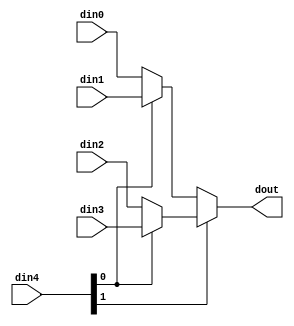
// ==============================================================
// File generated on Wed Sep 09 17:48:58 +0530 2020
// Vivado(TM) HLS - High-Level Synthesis from C, C++ and SystemC v2018.3 (64-bit)
// SW Build 2405991 on Thu Dec  6 23:38:27 MST 2018
// IP Build 2404404 on Fri Dec  7 01:43:56 MST 2018
// Copyright 1986-2018 Xilinx, Inc. All Rights Reserved.
// ==============================================================

`timescale 1ns/1ps

module adpcm_main_mux_42fYi #(
parameter
    ID                = 0,
    NUM_STAGE         = 1,
    din0_WIDTH       = 32,
    din1_WIDTH       = 32,
    din2_WIDTH       = 32,
    din3_WIDTH       = 32,
    din4_WIDTH         = 32,
    dout_WIDTH            = 32
)(
    input  [31 : 0]     din0,
    input  [31 : 0]     din1,
    input  [31 : 0]     din2,
    input  [31 : 0]     din3,
    input  [1 : 0]    din4,
    output [31 : 0]   dout);

// puts internal signals
wire [1 : 0]     sel;
// level 1 signals
wire [31 : 0]         mux_1_0;
wire [31 : 0]         mux_1_1;
// level 2 signals
wire [31 : 0]         mux_2_0;

assign sel = din4;

// Generate level 1 logic
assign mux_1_0 = (sel[0] == 0)? din0 : din1;
assign mux_1_1 = (sel[0] == 0)? din2 : din3;

// Generate level 2 logic
assign mux_2_0 = (sel[1] == 0)? mux_1_0 : mux_1_1;

// output logic
assign dout = mux_2_0;

endmodule